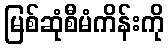
မြစ်ဆုံစီမံကိန်းကို